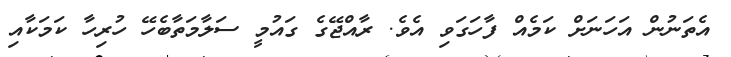
އެތަނުން އަހަނަށް ކަމެއް ފާހަގަވި އެވެ. ރާއްޖޭގެ ގައުމީ ސަލާމަތާބެހޭ ހުރިހާ ކަމަކާއި